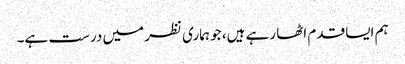
ہم ایسا قدم اٹھا رہے ہیں، جو ہماری نظر میں درست ہے۔